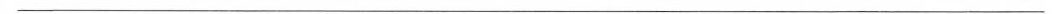
___